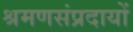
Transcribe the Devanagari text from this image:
श्रमणसंप्रदायों